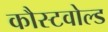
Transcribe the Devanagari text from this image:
कौस्टवोल्ड